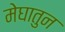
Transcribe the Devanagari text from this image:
मेघातुन